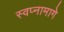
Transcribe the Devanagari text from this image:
स्वप्नामागे